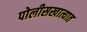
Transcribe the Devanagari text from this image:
पोलीसखात्यात